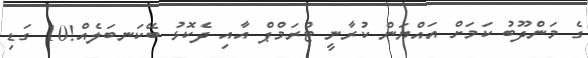
ގެ މަންދޫބު ކަމަށް އައްޔަން ކުރާނީ ޓްރަމްޕް އާއި ދެކޮޅު ބޭކަނބަލެއް!10 ގަޑި